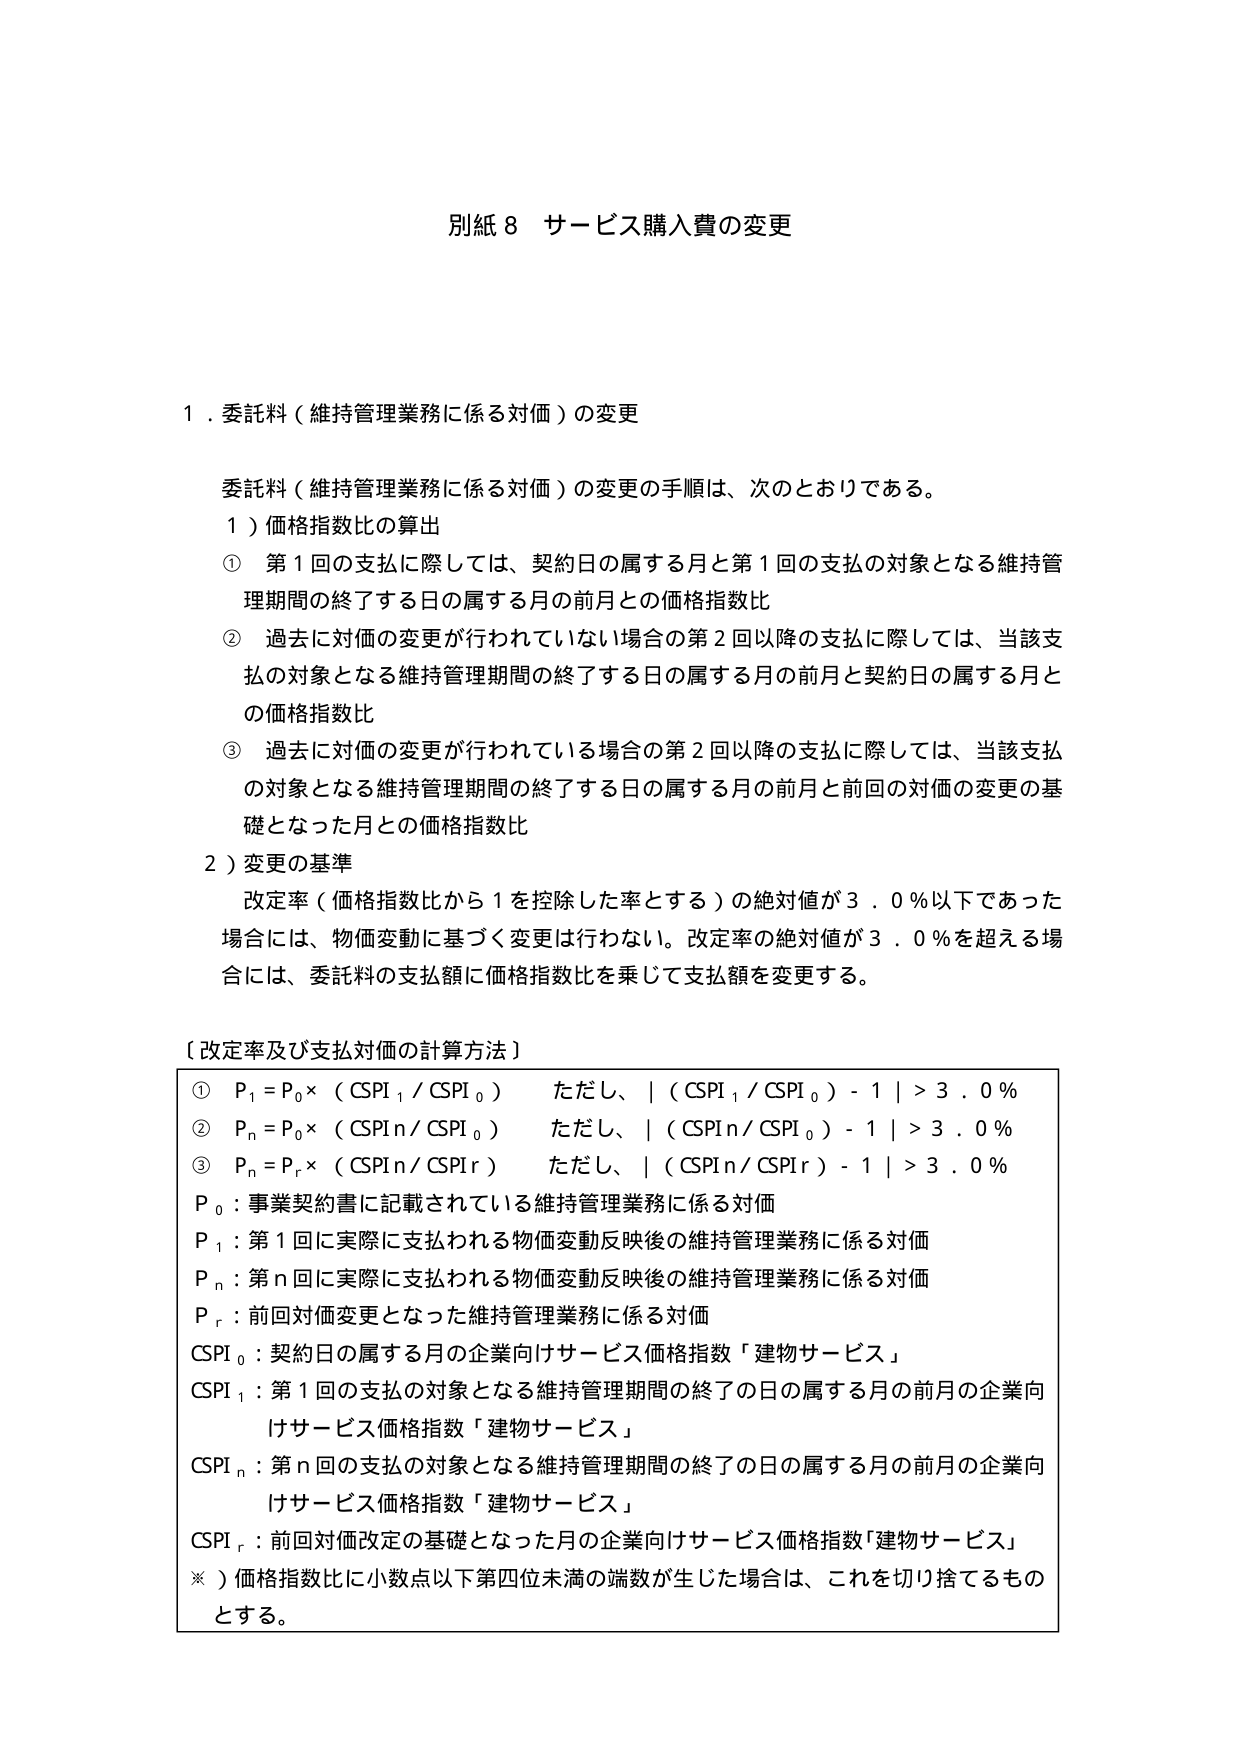
別紙８ サービス購入費の変更

１．委託料（維持管理業務に係る対価）の変更

委託料（維持管理業務に係る対価）の変更の手順は、次のとおりである。

１）価格指数比の算出
① 第１回の支払に際しては、契約日の属する月と第１回の支払の対象となる維持管理期間の終了する日の属する月の前月との価格指数比
② 過去に対価の変更が行われていない場合の第２回以降の支払に際しては、当該支払の対象となる維持管理期間の終了する日の属する月の前月と契約日の属する月との価格指数比
③ 過去に対価の変更が行われている場合の第２回以降の支払に際しては、当該支払の対象となる維持管理期間の終了する日の属する月の前月と前回の対価の変更の基礎となった月との価格指数比

２）変更の基準
改定率（価格指数比から１を控除した率とする）の絶対値が３．０％以下であった場合には、物価変動に基づく変更は行わない。改定率の絶対値が３．０％を超える場合には、委託料の支払額に価格指数比を乗じて支払額を変更する。

〔改定率及び支払対価の計算方法〕
① P₁ = P₀ ×（CSPI₁ / CSPI₀）　ただし、｜（CSPI₁ / CSPI₀）- 1｜＞３．０％
② Pₙ = P₀ ×（CSPIₙ / CSPI₀）　ただし、｜（CSPIₙ / CSPI₀）- 1｜＞３．０％
③ Pₙ = Pᵣ ×（CSPIₙ / CSPIᵣ）　ただし、｜（CSPIₙ / CSPIᵣ）- 1｜＞３．０％

P₀：事業契約書に記載されている維持管理業務に係る対価
P₁：第１回に実際に支払われる物価変動反映後の維持管理業務に係る対価
Pₙ：第ｎ回に実際に支払われる物価変動反映後の維持管理業務に係る対価
Pᵣ：前回対価変更となった維持管理業務に係る対価
CSPI₀：契約日の属する月の企業向けサービス価格指数「建物サービス」
CSPI₁：第１回の支払の対象となる維持管理期間の終了の日の属する月の前月の企業向けサービス価格指数「建物サービス」
CSPIₙ：第ｎ回の支払の対象となる維持管理期間の終了の日の属する月の前月の企業向けサービス価格指数「建物サービス」
CSPIᵣ：前回対価改定の基礎となった月の企業向けサービス価格指数「建物サービス」

※）価格指数比に小数点以下第四位未満の端数が生じた場合は、これを切り捨てるものとする。